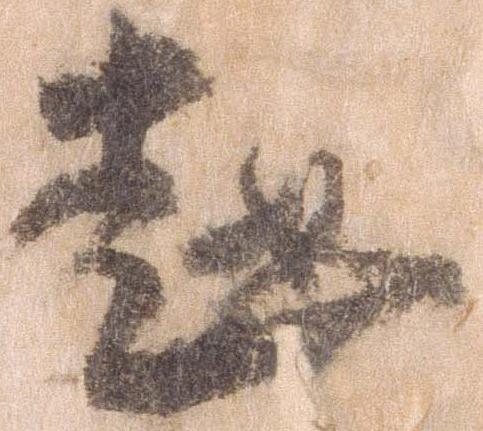
越